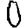
Digit: 0